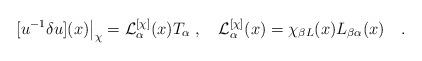
LaTeX: \begin{align*}[u^{-1}\delta u](x) \big|_\chi = {\cal L}^{[\chi]}_\alpha (x)T_\alpha\; ,\quad {\cal L}^{[\chi]}_\alpha (x) =\chi_{\beta L}(x)L_{\beta \alpha}(x)\quad .\end{align*}